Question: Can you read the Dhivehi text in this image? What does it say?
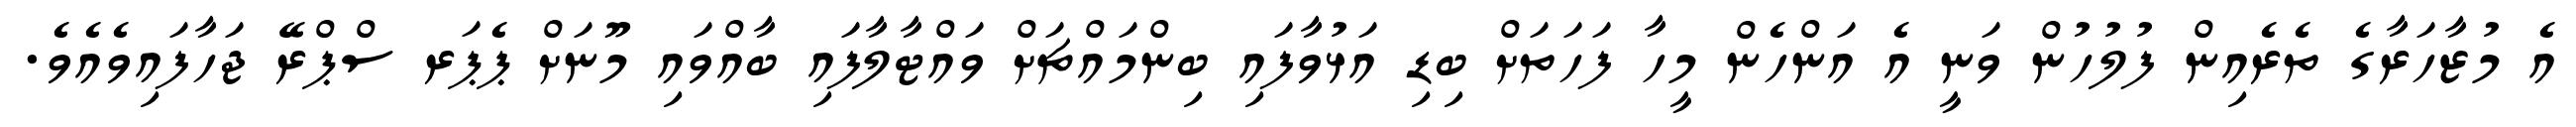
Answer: އެ މުޒާހަރާގެ ތެރެއިން ފުލުހުން ވަނީ އެ އަންހެން މީހާ ފަހަތަށް ބިޑި އަޅުވާފައި ބިންމައްޗަށް ވައްޓާލާފައި ބާއްވައި މޫނަށް ޕެޕަރ ސްޕްރޭ ޖަހާފައިވެއެވެ.